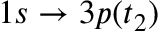
1 s \rightarrow 3 p ( { t _ { 2 } } )